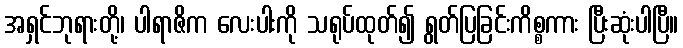
အရှင်ဘုရားတို့၊ ပါရာဇိက လေးပါးကို သရုပ်ထုတ်၍ ရွတ်ပြခြင်းကိစ္စကား ပြီးဆုံးပါပြီ။